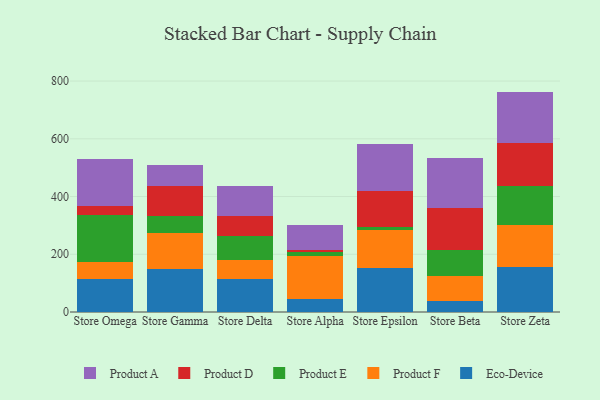
{"axis": {"x": "Store", "y": "Temperature (°C)"}, "legend": ["Eco-Device", "Product A", "Product D", "Product E", "Product F"], "data": [{"x": "Store Omega", "y": 113.6, "type": "Eco-Device"}, {"x": "Store Omega", "y": 60.6, "type": "Product F"}, {"x": "Store Omega", "y": 160.4, "type": "Product E"}, {"x": "Store Omega", "y": 33.0, "type": "Product D"}, {"x": "Store Omega", "y": 162.3, "type": "Product A"}, {"x": "Store Gamma", "y": 150.7, "type": "Eco-Device"}, {"x": "Store Gamma", "y": 121.6, "type": "Product F"}, {"x": "Store Gamma", "y": 59.1, "type": "Product E"}, {"x": "Store Gamma", "y": 105.1, "type": "Product D"}, {"x": "Store Gamma", "y": 74.3, "type": "Product A"}, {"x": "Store Delta", "y": 112.8, "type": "Eco-Device"}, {"x": "Store Delta", "y": 66.5, "type": "Product F"}, {"x": "Store Delta", "y": 82.8, "type": "Product E"}, {"x": "Store Delta", "y": 71.7, "type": "Product D"}, {"x": "Store Delta", "y": 101.5, "type": "Product A"}, {"x": "Store Alpha", "y": 44.2, "type": "Eco-Device"}, {"x": "Store Alpha", "y": 149.9, "type": "Product F"}, {"x": "Store Alpha", "y": 14.8, "type": "Product E"}, {"x": "Store Alpha", "y": 5.9, "type": "Product D"}, {"x": "Store Alpha", "y": 86.5, "type": "Product A"}, {"x": "Store Epsilon", "y": 150.9, "type": "Eco-Device"}, {"x": "Store Epsilon", "y": 132.9, "type": "Product F"}, {"x": "Store Epsilon", "y": 11.5, "type": "Product E"}, {"x": "Store Epsilon", "y": 123.6, "type": "Product D"}, {"x": "Store Epsilon", "y": 164.5, "type": "Product A"}, {"x": "Store Beta", "y": 36.7, "type": "Eco-Device"}, {"x": "Store Beta", "y": 87.0, "type": "Product F"}, {"x": "Store Beta", "y": 91.6, "type": "Product E"}, {"x": "Store Beta", "y": 146.7, "type": "Product D"}, {"x": "Store Beta", "y": 172.1, "type": "Product A"}, {"x": "Store Zeta", "y": 157.6, "type": "Eco-Device"}, {"x": "Store Zeta", "y": 143.8, "type": "Product F"}, {"x": "Store Zeta", "y": 135.2, "type": "Product E"}, {"x": "Store Zeta", "y": 147.5, "type": "Product D"}, {"x": "Store Zeta", "y": 179.4, "type": "Product A"}]}